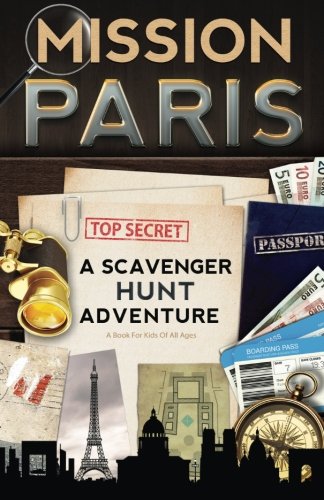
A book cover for Mission Paris: A Scavenger Hunt Adventure (Travel Book For Kids); Catherine Aragon; Children's Books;